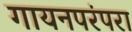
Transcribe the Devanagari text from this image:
गायनपरंपरा